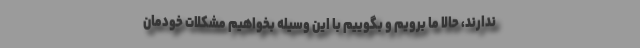
ندارند، حالا ما برویم و بگوییم با این وسیله بخواهیم مشکلات خودمان